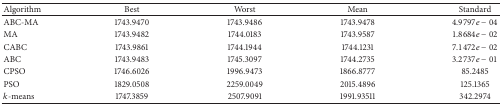
| Algorithm | Best | Worst | Mean | Standard |
 | --- | --- | --- | --- | --- |
 | ABC-MA | 1743.9470 | 1743.9486 | 1743.9478 | 4.9797e − 04 |
 | MA | 1743.9482 | 1744.0183 | 1743.9587 | 1.8684e − 02 |
 | CABC | 1743.9861 | 1744.1944 | 1744.1231 | 7.1472e − 02 |
 | ABC | 1743.9483 | 1745.3097 | 1744.2735 | 3.2737e − 01 |
 | CPSO | 1746.6026 | 1996.9473 | 1866.8777 | 85.2485 |
 | PSO | 1829.0508 | 2259.0049 | 2015.4896 | 125.1365 |
 | k-means | 1747.3859 | 2507.9091 | 1991.93511 | 342.2974 |